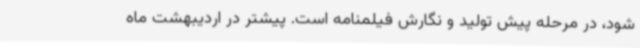
شود، در مرحله پیش تولید و نگارش فیلمنامه است. پیشتر در اردیبهشت ماه